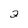
Character: 2